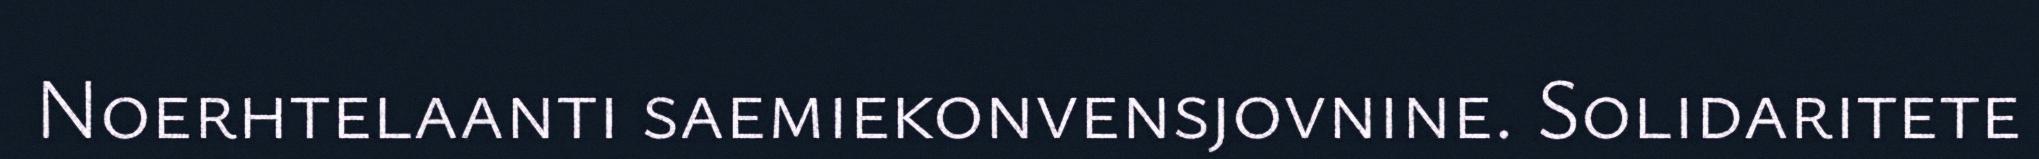
Noerhtelaanti saemiekonvensjovnine. Solidaritete